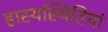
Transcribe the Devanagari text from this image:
हास्यस्थितियां